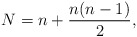
\begin{align*}N = n+\frac{n(n-1)}{2},\end{align*}